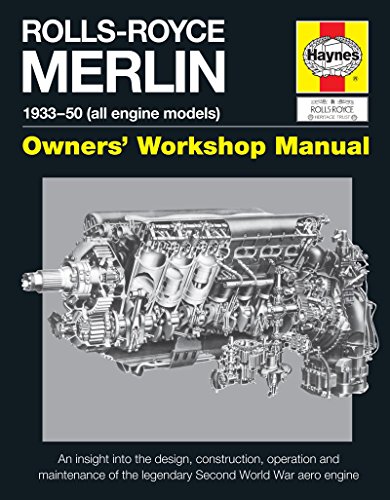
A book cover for Rolls-Royce Merlin Manual - 1933-50 (all engine models): An insight into the design, construction, operation and maintenance of the legendary World War 2 aero engine (Owners' Workshop Manual); Ian Craighead; Engineering & Transportation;